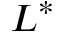
L ^ { * }